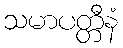
သမာပတ္တီနံ